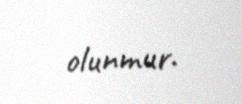
olunmur.